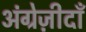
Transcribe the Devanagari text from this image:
अंग्रेज़ीदाँ